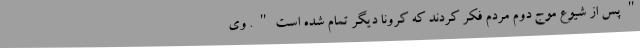
"پس از شیوع موج دوم مردم فکر کردند که کرونا دیگر تمام شده است". وی